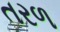
તરળ